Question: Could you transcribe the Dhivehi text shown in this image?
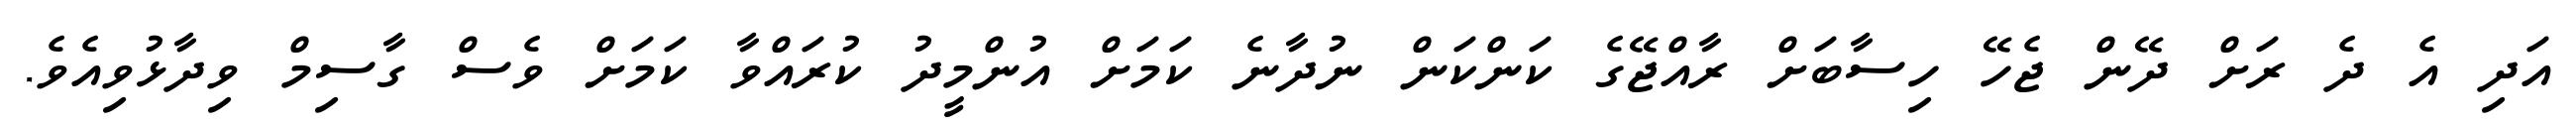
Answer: އަދި އެ ދެ ރަށް ދޭން ޖެހޭ ހިސާބަށް ރާއްޖޭގެ ކަންކަން ނުދާނެ ކަމަށް އުންމީދު ކުރައްވާ ކަމަށް ވެސް ގާސިމް ވިދާޅުވިއެވެ.